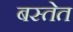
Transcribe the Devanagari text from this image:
बस्तेत